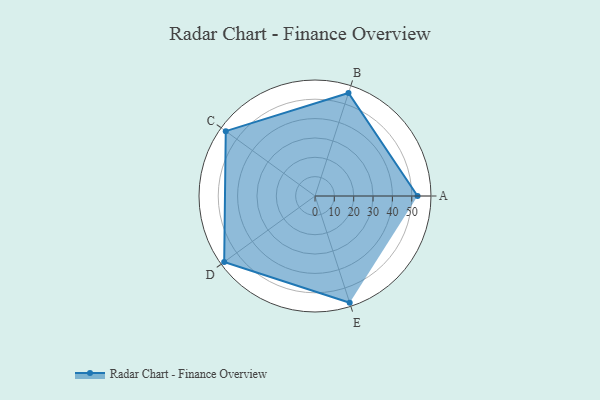
{"axis": {"x": "Skill", "y": "Score"}, "legend": ["Profile"], "data": [{"x": "A", "y": 53.0, "type": "Profile"}, {"x": "B", "y": 56.0, "type": "Profile"}, {"x": "C", "y": 57.0, "type": "Profile"}, {"x": "D", "y": 58.0, "type": "Profile"}, {"x": "E", "y": 58.0, "type": "Profile"}]}